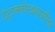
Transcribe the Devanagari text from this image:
टेट्राक्लोरइथायलिन